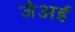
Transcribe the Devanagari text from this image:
जेअर्ड